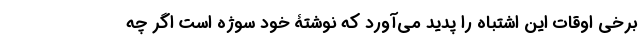
برخی اوقات این اشتباه را پدید می‌آورد که نوشتۀ خودِ سوژه است اگر چه